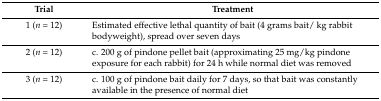
<table><thead><tr><td><b>Trial</b></td><td><b>Treatment</b></td></tr></thead><tbody><tr><td>1 (<i>n</i> = 12)</td><td>Estimated effective lethal quantity of bait (4 grams bait/ kg rabbit bodyweight), spread over seven days</td></tr><tr><td>2 (<i>n</i> = 12)</td><td>c. 200 g of pindone pellet bait (approximating 25 mg/kg pindone exposure for each rabbit) for 24 h while normal diet was removed</td></tr><tr><td>3 (<i>n</i> = 12)</td><td>c. 100 g of pindone bait daily for 7 days, so that bait was constantly available in the presence of normal diet</td></tr></tbody></table>